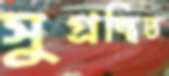
সুগ্রন্থিত